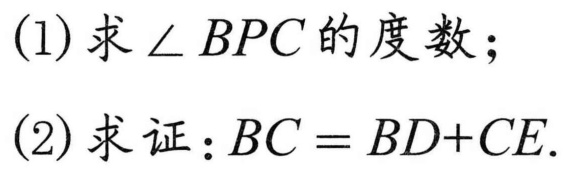
(1)求$\angle BPC$的度数；
(2)求证：$BC = BD + CE$.